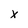
Character: x